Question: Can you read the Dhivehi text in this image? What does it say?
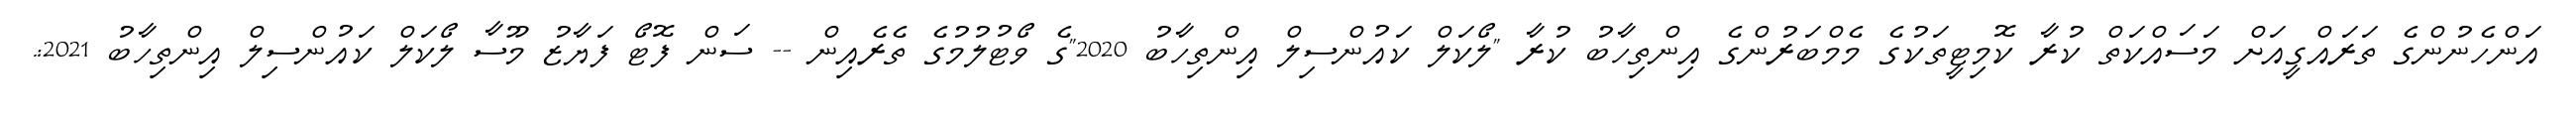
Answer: އަންހެނުންގެ ތަރައްގީއަށް މަސައްކަތް ކުރާ ކޮމިޓީތަކުގެ މެމްބަރުންގެ އިންތިހާބު ކުރާ "ލޯކަލް ކައުންސިލް އިންތިހާބު 2020"ގެ ވޯޓުލުމުގެ ތެރެއިން -- ސަން ފޮޓޯ ފަޔާޒު މޫސާ ލޯކަލް ކައުންސިލް އިންތިހާބު 2021:.